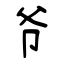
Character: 爷